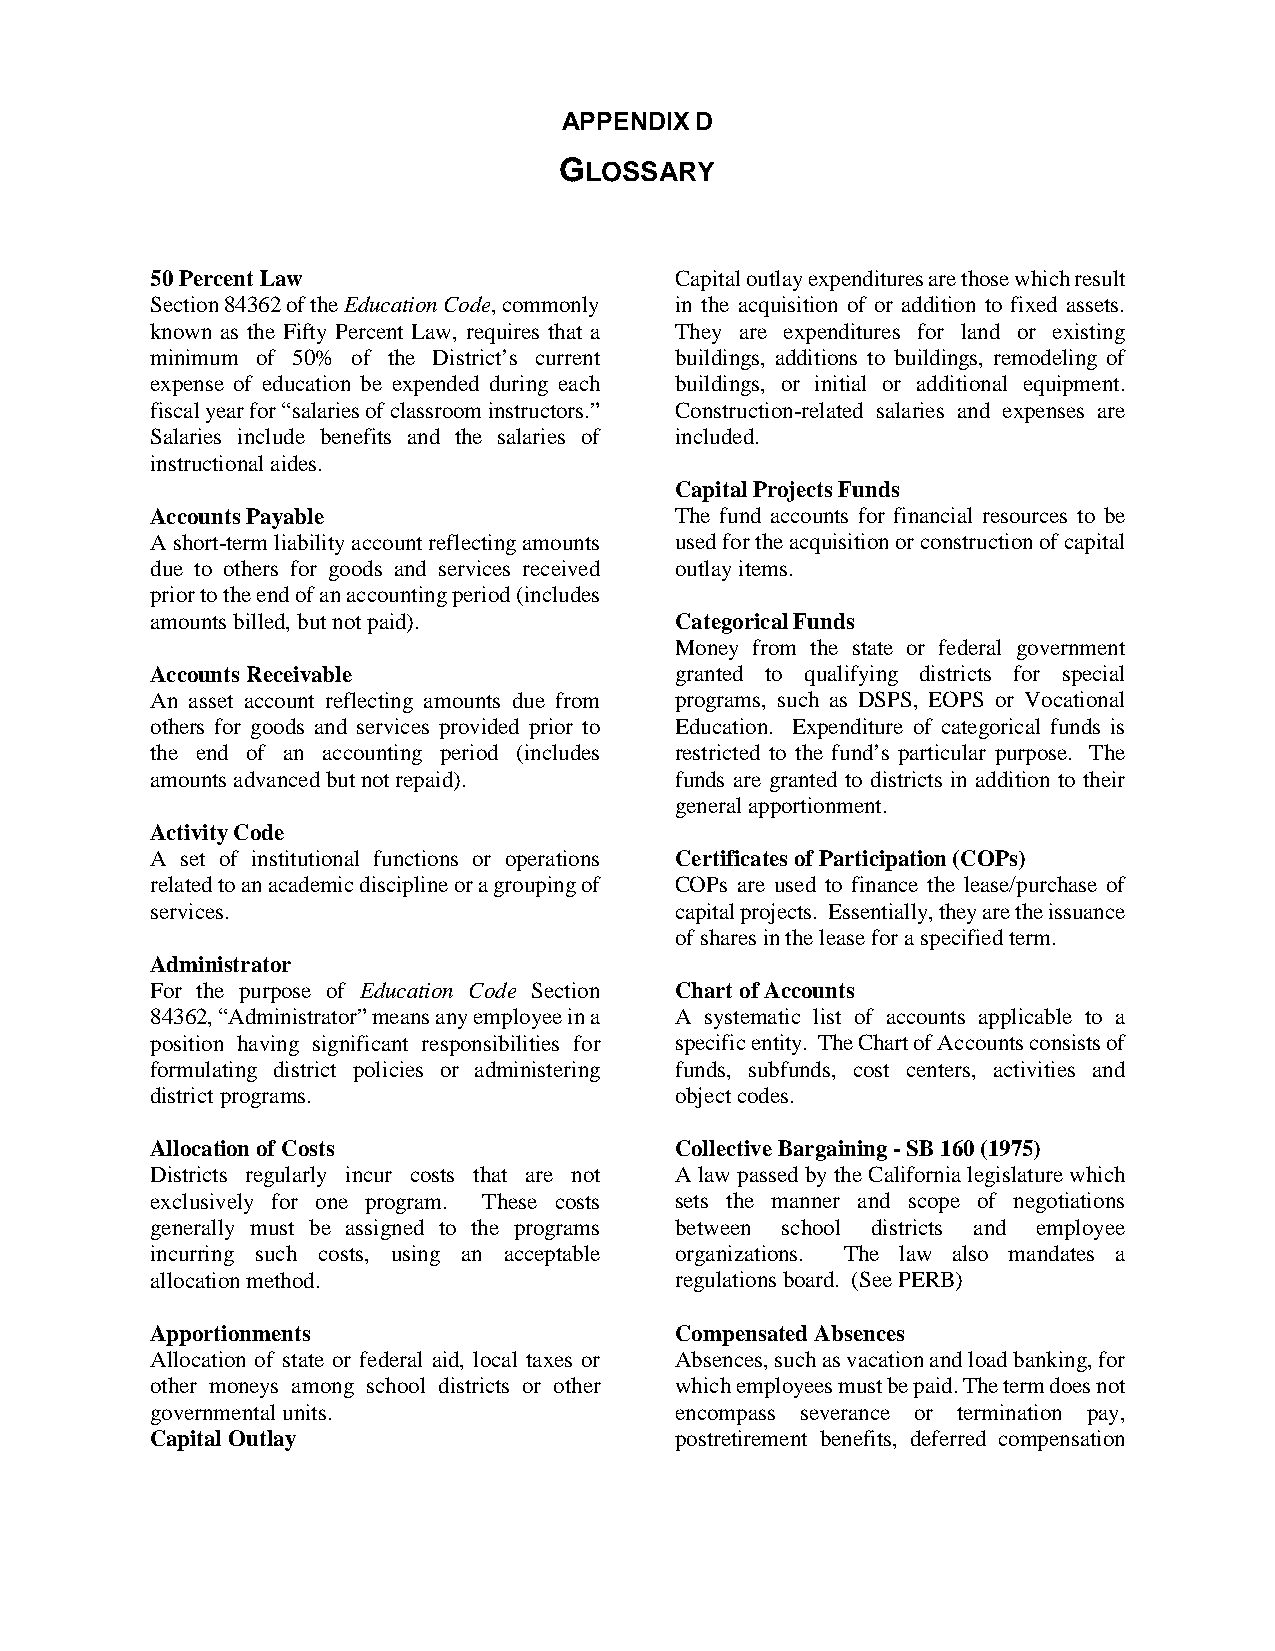
APPENDIX D
 GLOSSARY
 50 Percent Law                     Capital outlay expenditures are those which result
 Section 84362 of the Education Code, commonly in the acquisition of or addition to fixed assets.
 known as the Fifty Percent Law, requires that a They are expenditures for land or existing
 minimum of 50% of the District’s current buildings, additions to buildings, remodeling of
 expense of education be expended during each buildings, or initial or additional equipment.
 fiscal year for “salaries of classroom instructors.” Construction-related salaries and expenses are
 Salaries include benefits and the salaries of included.
 instructional aides.
 Capital Projects Funds
 Accounts Payable                   The fund accounts for financial resources to be
 A short-term liability account reflecting amounts used for the acquisition or construction of capital
 due to others for goods and services received outlay items.
 prior to the end of an accounting period (includes
 amounts billed, but not paid).     Categorical Funds
 Money from the state or federal government
 Accounts Receivable                granted to qualifying districts for special
 An asset account reflecting amounts due from programs, such as DSPS, EOPS or Vocational
 others for goods and services provided prior to Education. Expenditure of categorical funds is
 the end of an accounting period (includes restricted to the fund’s particular purpose. The
 amounts advanced but not repaid).  funds are granted to districts in addition to their
 general apportionment.
 Activity Code
 A set of institutional functions or operations Certificates of Participation (COPs)
 related to an academic discipline or a grouping of COPs are used to finance the lease/purchase of
 services.                          capital projects. Essentially, they are the issuance
 of shares in the lease for a specified term.
 Administrator
 For the purpose of Education Code Section Chart of Accounts
 84362, “Administrator” means any employee in a A systematic list of accounts applicable to a
 position having significant responsibilities for specific entity. The Chart of Accounts consists of
 formulating district policies or administering funds, subfunds, cost centers, activities and
 district programs.                 object codes.
 Allocation of Costs                Collective Bargaining - SB 160 (1975)
 Districts regularly incur costs that are not A law passed by the California legislature which
 exclusively for one program. These costs sets the manner and scope of negotiations
 generally must be assigned to the programs between school districts and employee
 incurring such costs, using an acceptable organizations. The law also mandates a
 allocation method.                 regulations board. (See PERB)
 Apportionments                     Compensated Absences
 Allocation of state or federal aid, local taxes or Absences, such as vacation and load banking, for
 other moneys among school districts or other which employees must be paid. The term does not
 governmental units.                encompass severance or termination pay,
 Capital Outlay                     postretirement benefits, deferred compensation